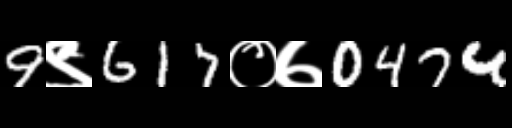
Text: 9९617०७0474